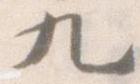
九